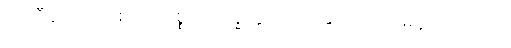
အာဒီနဝံ၊ အပြစ်ကို။ ပစ္စဝေ-က္ခိတွာ၊ ဆင်ခြင်၍။ ကာမနိဿရဏေ၊